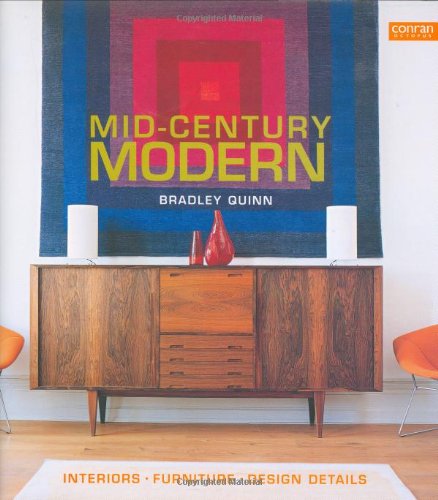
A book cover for Mid-Century Modern: Interiors, Furniture, Design Details (Conran Octopus Interiors); Bradley Quinn; Crafts, Hobbies & Home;